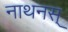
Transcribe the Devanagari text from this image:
नाथनस्